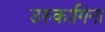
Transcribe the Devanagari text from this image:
उरुकागिना